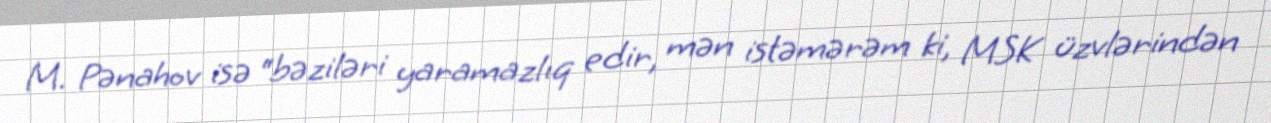
M. Pənahov isə “bəziləri yaramazlıq edir, mən istəmərəm ki, MSK üzvlərindən